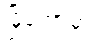
မြို့တော်မှာ